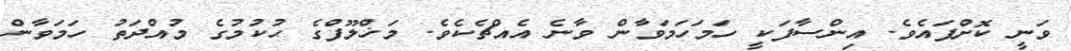
ވަނީ ކޮށްފައެވެ. އިންސާފަކީ ހަމަހަމަވާން ވާނެ އެއްޗެކެވެ. މަޚްލޫފްގެ ޙުކުމުގެ މުއްދަތު ހަމަވާން